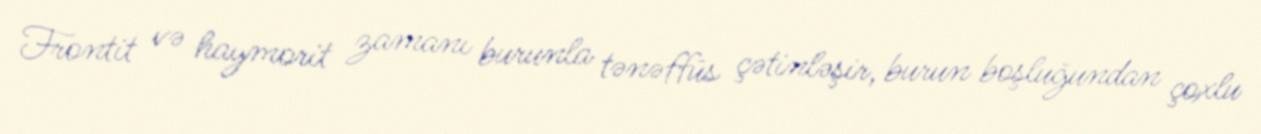
Frontit və haymorit zamanı burunla tənəffüs çətinləşir, burun boşluğundan çoxlu